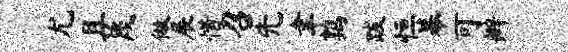
尤且蔑做展惜召先聿鹑跋恒幕可辫